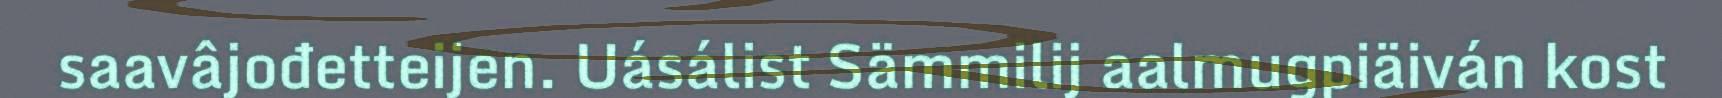
saavâjođetteijen. Uásálist Sämmilij aalmugpiäiván kost